Scottish Leaving Certificate Examination, 1956
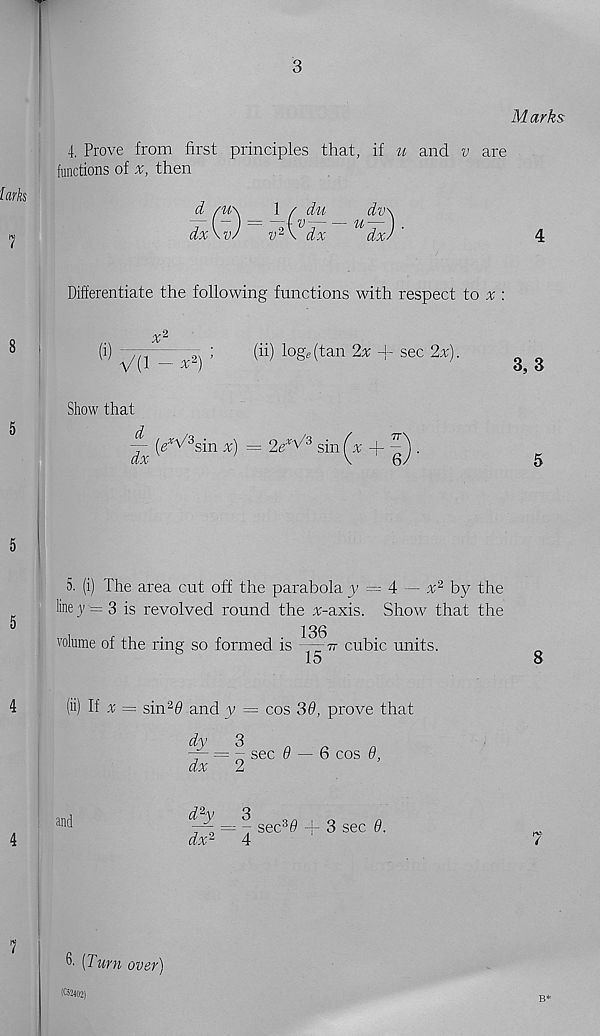
3
larks
7
4. Prove from first principles that, if u and v are
functions of
then
d /u\
1 / du
dv\
dx\vJ
w 2 \ dx
dxJ '
Differentiate the following functions with respect to a; :
8
(i) V(1 - ^2) ’
Show that
d
(ii) logs (tan 2x + sec 2x).
-- ((t^sin x) = 2e x^3 sin ^
^ .
5. (i) The area cut off the parabola y — A — x 2 by the
line j/ — 3 is revolved round the ^r-axis. Show that the
136
volume of the ring so formed is
tt cubic units.
1D
(ii) If x = sin 2 # and y — cos 3#, prove that
dy
3
— = - sec 0 — 6 cos 9,
dx
2
and
d 2 y
3
dx 2
4
— - sec°
3 sec 9.
& (Turn over)
SS24Q2)
M arks
4
3, 3
5
8
7